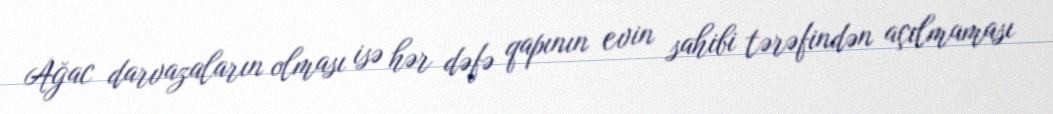
Ağac darvazaların olması isə hər dəfə qapının evin sahibi tərəfindən açılmaması